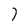
Character: I